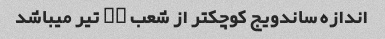
اندازه ساندویج کوچکتر از شعب ۳۰ تیر میباشد